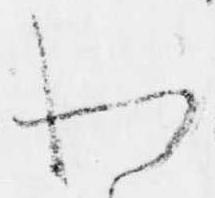
わ